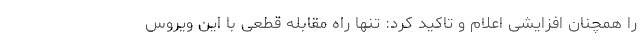
را همچنان افزایشی اعلام و تاکید کرد: تنها راه مقابله قطعی با این ویروس